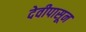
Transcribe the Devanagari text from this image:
देवीपासून